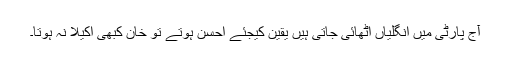
آج پارٹی میں انگلیاں اٹھائی جاتی ہیں یقین کیجئے احسن ہوتے تو خان کبھی اکیلا نہ ہوتا۔